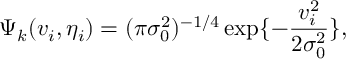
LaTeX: \Psi _ { k } ( v _ { i } , \eta _ { i } ) = ( \pi \sigma _ { 0 } ^ { 2 } ) ^ { - 1 / 4 } \exp \{ - { \frac { v _ { i } ^ { 2 } } { 2 \sigma _ { 0 } ^ { 2 } } } \} ,